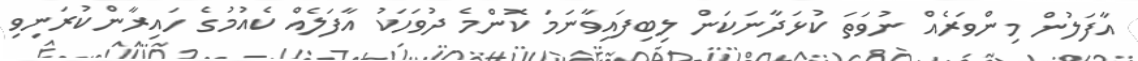
އާފަލުން މިންވަރެއް ނުވަތަ ކުޅަދާނަކަން ލިބިފައިވާނަމަ ކޮންމެ ދުވަހަކު އާފަލެއް ކެއުމުގެ ހައިރާންކުރަނިވި